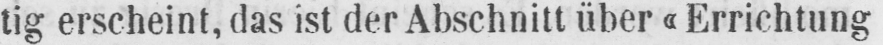
tig erscheint, das ist der Abschnitt über «Errichtung